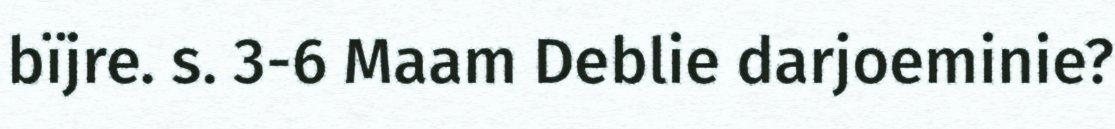
bïjre. s. 3-6 Maam Deblie darjoeminie?